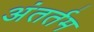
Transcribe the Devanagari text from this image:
अंतर्तम